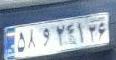
۵۸و۲۴۱۳۶